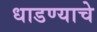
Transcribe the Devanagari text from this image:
धाडण्याचे